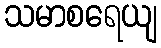
သမာစရေယျ